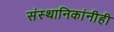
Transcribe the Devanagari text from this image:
संस्थानिकांनीही